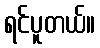
ရင်ပူတယ်။